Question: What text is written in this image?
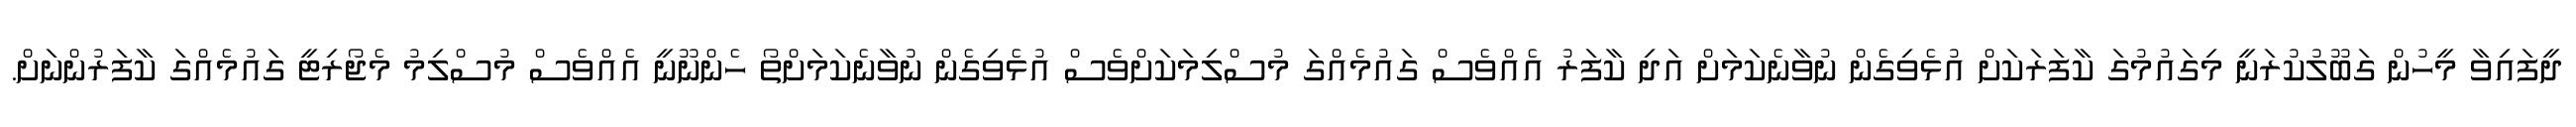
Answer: ދީފައިވާ މީހުން ގަބޫލުކުރަނީ މިގައުމުގަ ކާފަރަކަށް އުޅެވިގެން ނުވާނެކަމަށް އަދި ކާފަރު އެއްވެސް ގައުމެއްގަ މުސްލިމަކަށްވެސް އުޅެވިގެން ނުވާނެކަމަށްތޯ ހެންނޫނީ އެއްވެސް މުސްލިމު މެޖޯރިޓީ ގައުމެއްގަ ކާފަރުންނަށް.